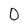
Character: 0